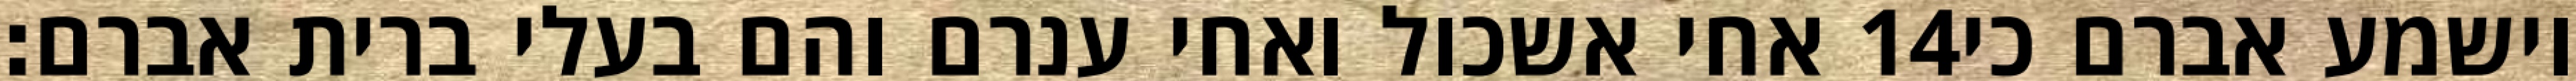
אחי אשכול ואחי ענרם והם בעלי ברית אברם׃ ‎14‏ וישמע אברם כי